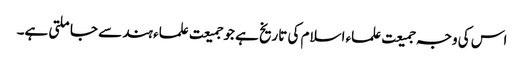
اس کی وجہ جمیعت علماء اسلام کی تاریخ ہے جو جمیعت علماء ہند سے جا ملتی ہے۔